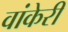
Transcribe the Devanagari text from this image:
वांकेरी